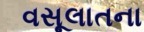
વસૂલાતના